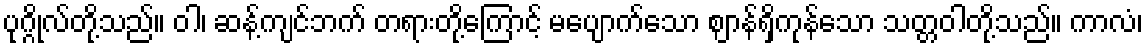
ပုဂ္ဂိုလ်တို့သည်။ ဝါ၊ ဆန့်ကျင်ဘက် တရားတို့ကြောင့် မပျောက်သော ဈာန်ရှိကုန်သော သတ္တဝါတို့သည်။ ကာလံ၊